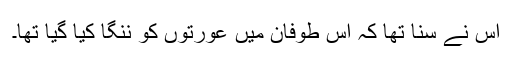
اس نے سنا تھا کہ اس طوفان میں عورتوں کو ننگا کیا گیا تھا۔